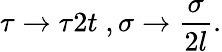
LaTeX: \tau\rightarrow\tau 2t\; ,\sigma\rightarrow\frac{\sigma}{2l}.